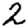
Digit: 2